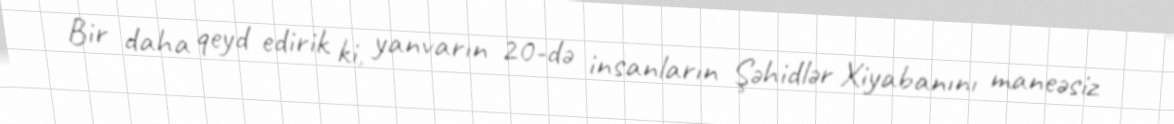
Bir daha qeyd edirik ki, yanvarın 20-də insanların Şəhidlər Xiyabanını maneəsiz